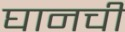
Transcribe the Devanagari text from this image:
घानची